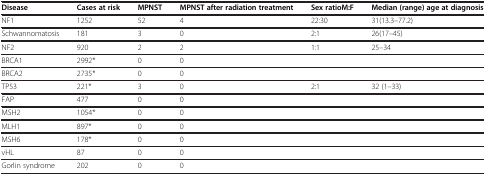
| Disease | Cases at risk | MPNST | MPNST after radiation treatment | Sex ratioM:F | Median (range) age at diagnosis |
 | --- | --- | --- | --- | --- | --- |
 | NF1 | 1252 | 52 | 4 | 22:30 | 31 (13.3–77.2) |
 | Schwannomatosis | 181 | 3 | 0 | 2:1 | 26 (17–45) |
 | NF2 | 920 | 2 | 2 | 1:1 | 25–34 |
 | BRCA1 | 2992* | 0 | 0 |  |  |
 | BRCA2 | 2735* | 0 | 0 |  |  |
 | TP53 | 221* | 3 | 0 | 2:1 | 32 (1–33) |
 | FAP | 477 | 0 | 0 |  |  |
 | MSH2 | 1054* | 0 | 0 |  |  |
 | MLH1 | 897* | 0 | 0 |  |  |
 | MSH6 | 178* | 0 | 0 |  |  |
 | vHL | 87 | 0 | 0 |  |  |
 | Gorlin syndrome | 202 | 0 | 0 |  |  |